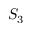
S _ { 3 }